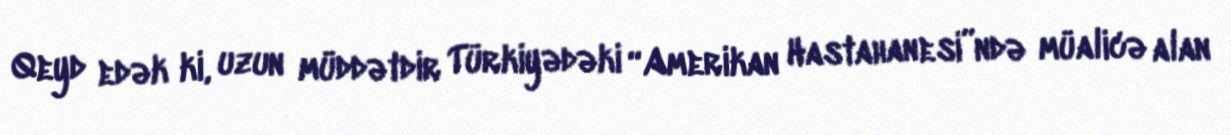
Qeyd edək ki, uzun müddətdir Türkiyədəki “Amerikan Hastahanesi”ndə müalicə alan